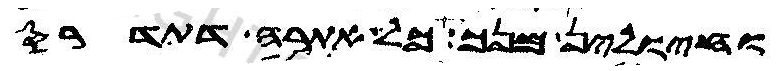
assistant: וחיולין מנך כל אתרה דתדרס